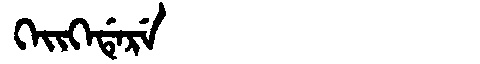
Manchu: ᡴᡝᡳᡴᡝᡩᡝᡵᡝ
Romanization: KEIKEDERE